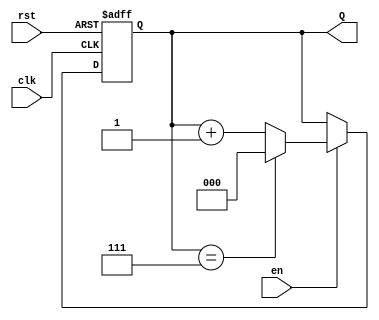
module up_counter (
    input wire clk,      // Clock signal
    input wire en,       // Enable signal
    input wire rst,      // Asynchronous reset signal
    output reg [2:0] Q   // 3-bit output for the counter (max value 7)
);

// Always block triggered on the rising edge of the clock or the reset signal
always @(posedge clk or posedge rst) begin
    if (rst) begin
        Q <= 3'b000; // Reset the counter to 0
    end else if (en) begin
        if (Q == 3'b111) begin
            Q <= 3'b000; // Wrap around to 0 if max value is reached
        end else begin
            Q <= Q + 1; // Increment the counter
        end
    end
end

endmodule